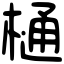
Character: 樋